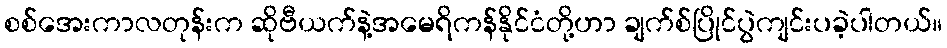
စစ်အေးကာလတုန်းက ဆိုဗီယက်နဲ့အမေရိကန်နိုင်ငံတို့ဟာ ချက်စ်ပြိုင်ပွဲကျင်းပခဲ့ပါတယ်။